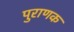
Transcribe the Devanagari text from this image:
पुराणक